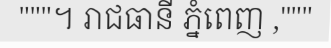
"""។ រាជធានី ភ្នំពេញ ,"""